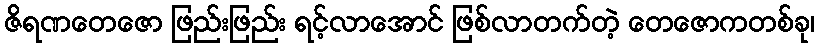
ဇိရဏတေဇော ဖြည်းဖြည်း ရင့်လာအောင် ဖြစ်လာတက်တဲ့ တေဇောကတစ်ခု၊